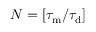
\begin{array} { r } { N = \left[ \tau _ { \mathrm { m } } / \tau _ { \mathrm { d } } \right] } \end{array}